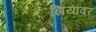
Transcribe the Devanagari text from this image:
झियांवर